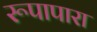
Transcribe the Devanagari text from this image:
रूपापारा